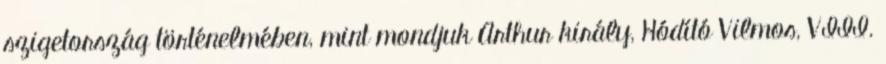
szigetország történelmében, mint mondjuk Arthur király, Hódító Vilmos, VIII.